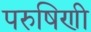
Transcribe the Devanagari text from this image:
परुषिणी